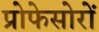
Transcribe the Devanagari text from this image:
प्रोफेसोरों